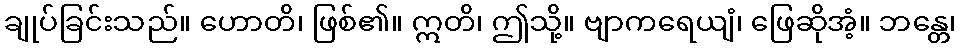
ချုပ်ခြင်းသည်။ ဟောတိ၊ ဖြစ်၏။ ဣတိ၊ ဤသို့။ ဗျာကရေယျံ၊ ဖြေဆိုအံ့။ ဘန္တေ၊